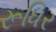
રૂધિર